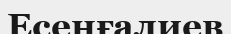
Есенғалиев